Report on lock hospitals in British Burma
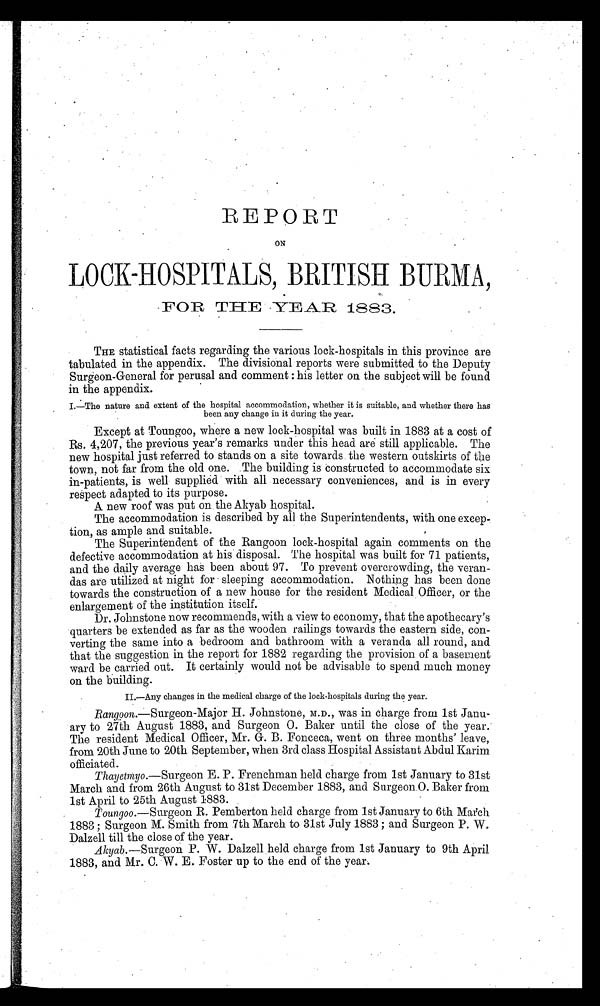
REPORT
ON
LOCK-HOSPITALS, BRITISH BURMA,
FOR THE YEAR 1883.
THE statistical facts regarding the various lock-hospitals in this province are
tabulated in the appendix. The divisional reports were submitted to the Deputy
Surgeon-General for perusal and comment : his letter on the subject will be found
in the appendix.
I.—The nature and extent of the hospital accommodation, whether it is suitable, and whether there has
been any change in it during the year.
Except at Toungoo, where a new lock-hospital was built in 1883 at a cost of
Rs. 4,207, the previous year's remarks under this head are still applicable. The
new hospital just referred to stands on a site towards the western outskirts of the
town, not far from the old one. The building is constructed to accommodate six
in-patients, is well supplied with all necessary conveniences, and is in every
respect adapted to its purpose.
A new roof was put on the Akyab hospital.
The accommodation is described by all the Superintendents, with one excep
-tion, as ample and suitable.
The Superintendent of the Rangoon lock-hospital again comments on the
defective accommodation at his disposal. The hospital was built for 71 patients,
and the daily average has been about 97. To prevent overcrowding, the veran--
das are utilized at night for sleeping accommodation. Nothing has been done
towards the construction of a new house for the resident Medical Officer, or the
enlargement of the institution itself.
Dr. Johnstone now recommends, with a view to economy, that the apothecary's
quarters be extended as far as the wooden railings towards the eastern side, con--
verting the same into a bedroom and bathroom with a veranda all round, and
that the suggestion in the report for 1882 regarding the provision of a basement
ward be carried out. It certainly would not be advisable to spend much money
on the building.
II.—Any changes in the medical charge of the lock-hospitals during the year.
Rangoon.—Surgeon-Major H. Johnstone, M.D., was in charge from 1st Janu--
ary to 27th August 1883, and Surgeon O. Baker until the close of the year.
The resident Medical Officer, Mr. G. B. Fonceca, went on three months' leave,
from 20th June to 20th September, when 3rd class Hospital Assistant Abdul Karim
officiated.
Thayetmyo.—Surgeon E. P. Frenchman held charge from 1st January to 31st
March and from 26th August to 31st December 1883, and Surgeon O. Baker from
1st April to 25th August 1883.
Toungoo.—Surgeon R. Pemberton held charge from 1st January to 6th March
1883 ; Surgeon M. Smith from 7th March to 31st July 1883 ; and Surgeon P. W.
Dalzell till the close of the year.
Akyab.—Surgeon P. W. Dalzell held charge from 1st January to 9th April
1883, and Mr. C. W. E. Foster up to the end of the year.